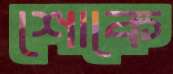
শোকে